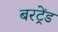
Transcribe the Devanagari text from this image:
बरट्रेंड